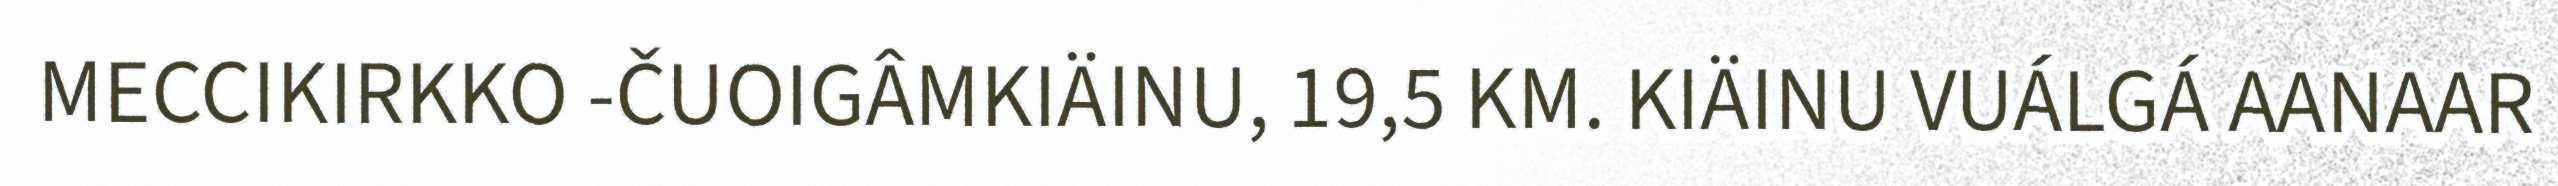
MECCIKIRKKO -ČUOIGÂMKIÄINU, 19,5 KM. KIÄINU VUÁLGÁ AANAAR